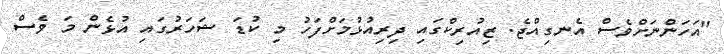
"އަހަންނަށްވެސް އެނގިއްޖެ. ޒިއުރިކްގައި ދިރިއުޅުމަށްފަހު މި ކުޑަ ޝަހަރުގައި އުޅެން މަ ވެސް